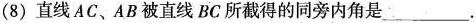
(8) 直线AC、AB被直线BC所截得的同旁内角是___.